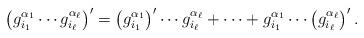
LaTeX: \begin{align*} \left( g_{i_1}^{\alpha_1}\cdots g_{i_\ell}^{\alpha_\ell} \right)' = \left(g_{i_1}^{\alpha_1}\right)'\cdots g_{i_\ell}^{\alpha_\ell} + \cdots + g_{i_1}^{\alpha_1}\cdots \left(g_{i_\ell}^{\alpha_\ell} \right)'.\end{align*}